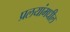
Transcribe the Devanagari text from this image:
प्रलयांमधील